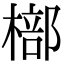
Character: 𣘙